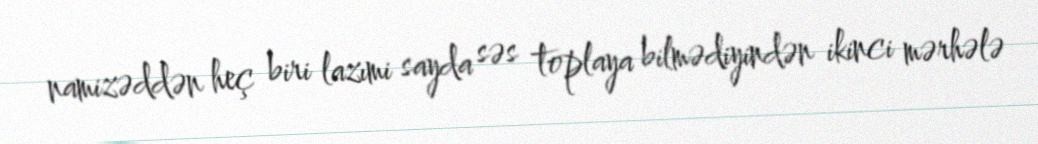
namizəddən heç biri lazımi sayda səs toplaya bilmədiyindən ikinci mərhələ